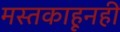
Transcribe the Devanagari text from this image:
मस्तकाहूनही